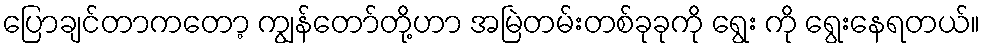
ပြောချင်တာကတော့ ကျွန်တော်တို့ဟာ အမြဲတမ်းတစ်ခုခုကို ရွေး ကို ရွေးနေရတယ်။